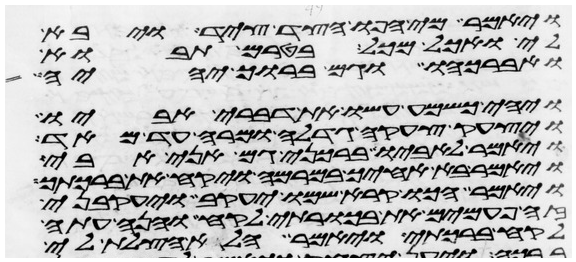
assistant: ויאמר מי אפו הצד ציד ויבא
לי ואכל מכל בטרם תבוא
ואברכהו וגם ברוך יהיה
ויהי כשמע עשו את דברי אביו
ויצעק צעקה גדלה ומרה עד מאד
ויאמר לאביו ברכני גם אני אבי
ויאמר בא אחיך במרמה ויקח את ברכתך
ויאמר הכו קרא שמו יעקב ויעקבני
זה פעמים את בכרתי לקח והנה עתה
לקח ברכתי ויאמר הלא הצלת לי